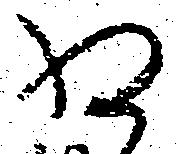
為